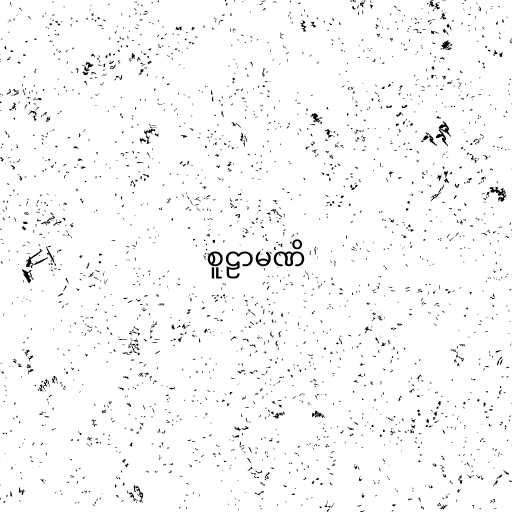
စူဠာမဏိ